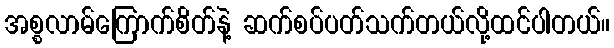
အစ္စလာမ်ကြောက်စိတ်နဲ့ ဆက်စပ်ပတ်သက်တယ်လို့ထင်ပါတယ်။